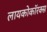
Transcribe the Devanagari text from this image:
लायकोकॉरक्स